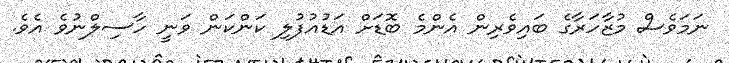
ނަމަވެސް މުޒާހަރާގެ ބައިވެރިން އެންމެ ބޮޑަށް އަޑުއުފުލި ކަންކަން ވަނީ ހާސިލްނުވެ އެވެ.